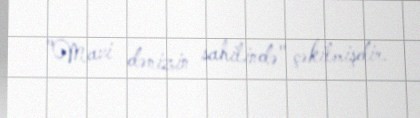
"Mavi dənizin sahilində" çəkilmişdir.